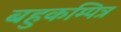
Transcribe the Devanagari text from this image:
बहुकम्पित्र